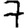
Digit: 7